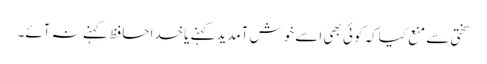
سختی سے منع کیاکہ کوئی بھی اسے خوش آمدیدکہنے یاخداحافظ کہنے نہ آئے۔